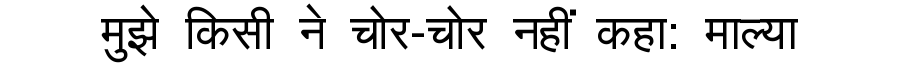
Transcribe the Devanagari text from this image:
मुझे किसी ने चोर-चोर नहीं कहा: माल्या